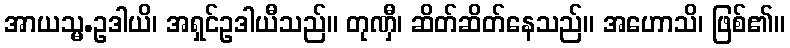
အာယသ္မ.ဥဒါယိ၊ အရှင်ဥဒါယီသည်။ တုဏှီ၊ ဆိတ်ဆိတ်နေသည်။ အဟောသိ၊ ဖြစ်၏။